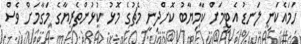
ހަމައެކަނި ލަނޑު އެޓީމަށް ކާމިޔާބު ކޮށްދިނީ މެޗުގެ މޮޅު ކުޅުންތެރިޔާގެ މަގާމަށް ވެސް